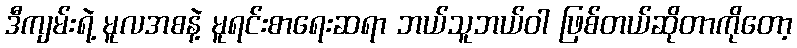
ဒီကျမ်းရဲ့ မူလအစနဲ့ မူရင်းစာရေးဆရာ ဘယ်သူဘယ်ဝါ ဖြစ်တယ်ဆိုတာကိုတော့